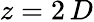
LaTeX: z=2\, D